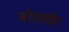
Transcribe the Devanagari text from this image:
बोरसईद